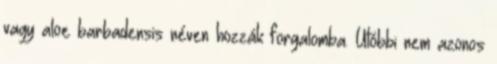
vagy aloe barbadensis néven hozzák forgalomba. Utóbbi nem azonos